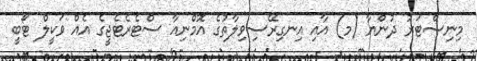
މިނިސްޓަރު ދުންޔާ (މ) އާއި އިނގިރޭސިވިލާތުގެ އޮމްނިއާ ސްޓެރެޓެޖީގެ އެއް ވަކީލް ޓޯބީ